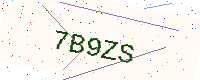
Text: 7B9ZS